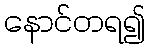
နောင်တရ၍